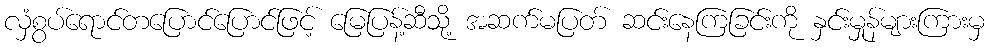
လှံစွပ်ရောင်တပြောင်ပြောင်ဖြင့် မြေပြန့်ဆီသို့ အဆက်မပြတ် ဆင်းနေကြခြင်းကို နှင်းမှုန်များကြားမှ